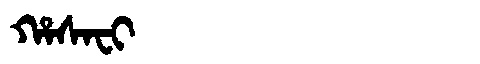
Manchu: ᡥᠠᠰᠠᠸᡳ
Romanization: HASAFI